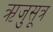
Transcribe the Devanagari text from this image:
ऋजुसूत्र